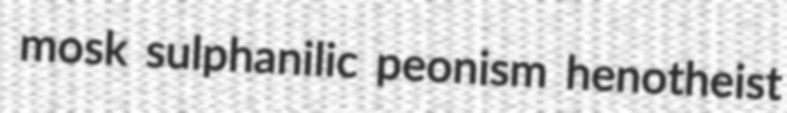
mosk sulphanilic peonism henotheist